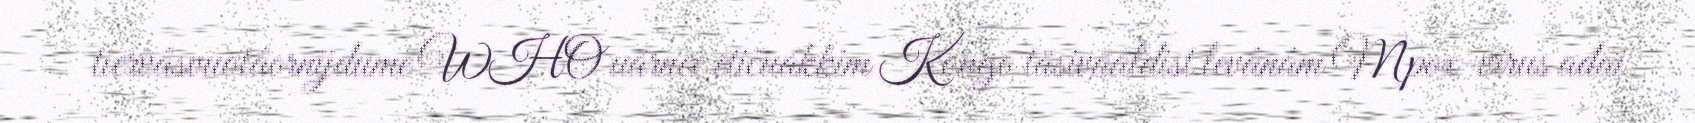
tiervâsvuotâornijdume WHO uárnee etičuákkim Kongo täsivääldist levânâm Mpox-virus ađai